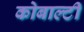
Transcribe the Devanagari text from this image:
कोबाल्टी